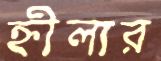
হ্নীলার